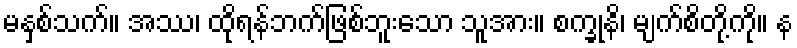
မနှစ်သက်။ အဿ၊ ထိုရန်ဘက်ဖြစ်ဘူးသော သူအား။ စက္ခုနိ၊ မျက်စိတို့ကို။ န